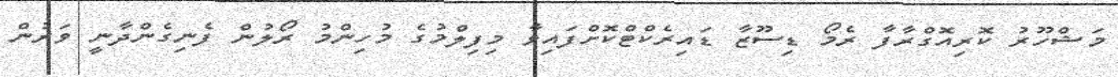
މަޝްހޫރު ކޮރިއޮގްރާފާ ރެމޯ ޑިސޫޒާ ޑައިރެކްޓްކޮށްފައިވާ މިފިލްމުގެ މުހިންމު ރޯލުން ފެނިގެންދާނީ ވަރުން